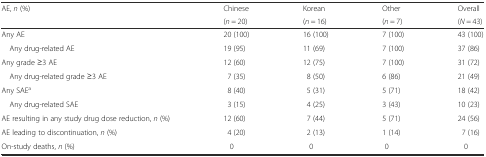
| AE, n (%) | Chinese | Korean | Other | Overall |
 |  | (n = 20) | (n = 16) | (n = 7) | (N = 43) |
 | --- | --- | --- | --- | --- |
 | Any AE | 20 (100) | 16 (100) | 7 (100) | 43 (100) |
 | Any drug-related AE | 19 (95) | 11 (69) | 7 (100) | 37 (86) |
 | Any grade ≥3 AE | 12 (60) | 12 (75) | 7 (100) | 31 (72) |
 | Any drug-related grade ≥3 AE | 7 (35) | 8 (50) | 6 (86) | 21 (49) |
 | Any SAEa | 8 (40) | 5 (31) | 5 (71) | 18 (42) |
 | Any drug-related SAE | 3 (15) | 4 (25) | 3 (43) | 10 (23) |
 | AE resulting in any study drug dose reduction, n (%) | 12 (60) | 7 (44) | 5 (71) | 24 (56) |
 | AE leading to discontinuation, n (%) | 4 (20) | 2 (13) | 1 (14) | 7 (16) |
 | On-study deaths, n (%) | 0 | 0 | 0 | 0 |